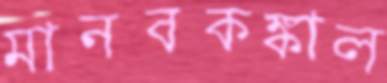
মানবকঙ্কাল